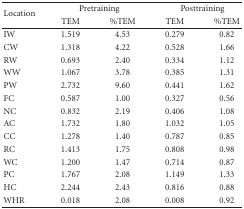
| <ROWSPAN=2> Location | <COLSPAN=2> Pretraining | <COLSPAN=2> Posttraining |
 | TEM | %TEM | TEM | %TEM |
 | --- | --- | --- | --- | --- |
 | IW | 1.519 | 4.53 | 0.279 | 0.82 |
 | CW | 1.318 | 4.22 | 0.528 | 1.66 |
 | RW | 0.693 | 2.40 | 0.334 | 1.12 |
 | WW | 1.067 | 3.78 | 0.385 | 1.31 |
 | PW | 2.732 | 9.60 | 0.441 | 1.62 |
 | FC | 0.587 | 1.00 | 0.327 | 0.56 |
 | NC | 0.832 | 2.19 | 0.406 | 1.08 |
 | AC | 1.732 | 1.80 | 1.032 | 1.05 |
 | CC | 1.278 | 1.40 | 0.787 | 0.85 |
 | RC | 1.413 | 1.75 | 0.808 | 0.98 |
 | WC | 1.200 | 1.47 | 0.714 | 0.87 |
 | PC | 1.767 | 2.08 | 1.149 | 1.33 |
 | HC | 2.244 | 2.43 | 0.816 | 0.88 |
 | WHR | 0.018 | 2.08 | 0.008 | 0.92 |